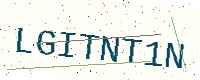
Text: LGITNT1N